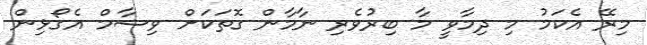
މިރޭ އެކަމު މި ދިމާވީ މާ ބިރުވެރި ނާމާން ގޮތަކަށް ވިޝާމް އެގޯޅިން